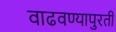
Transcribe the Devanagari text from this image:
वाढवण्यापुरती